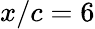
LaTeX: x/c=6